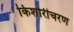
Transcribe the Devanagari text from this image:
किशोरीचरण